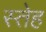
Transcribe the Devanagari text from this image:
स्तेह